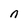
Character: n